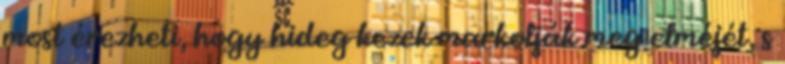
most érezheti, hogy hideg kezek markolják meg elméjét, s